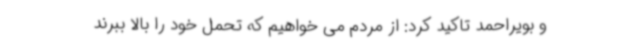
و بویراحمد تاکید کرد: از مردم می خواهیم که تحمل خود را بالا ببرند